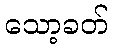
သော့ခတ်